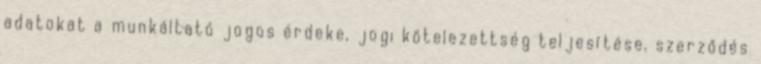
adatokat a munkáltató jogos érdeke, jogi kötelezettség teljesítése, szerződés